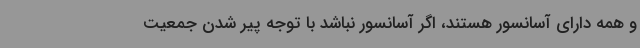
و همه دارای آسانسور هستند، اگر آسانسور نباشد با توجه پیر شدن جمعیت